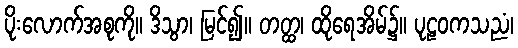
ပိုးလောက်အစုကို။ ဒိသွာ၊ မြင်၍။ တတ္ထ၊ ထိုရေအိမ်၌။ ပုဠဝကသညံ၊